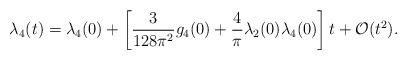
LaTeX: \begin{align*}\lambda_4(t)=\lambda_4(0)+\left[{3\over128\pi^2}g_4(0)+{4\over\pi}\lambda_2(0)\lambda_4(0)\right]t+{\cal O}(t^2).\end{align*}